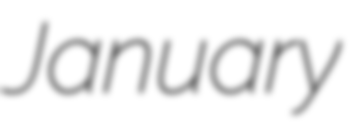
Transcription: January